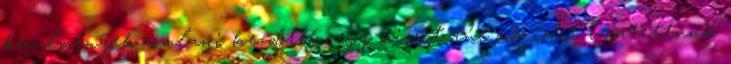
körülmények romlani kezdtek, egy kicsit túl sok időt vesztettünk